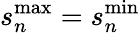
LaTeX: s_{n}^{\mathrm{max}}=s_{n}^{\mathrm{min}}